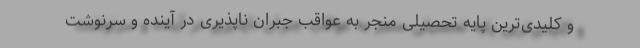
و کلیدی‌ترین پایه تحصیلی منجر به عواقب جبران ناپذیری در آینده و سرنوشت